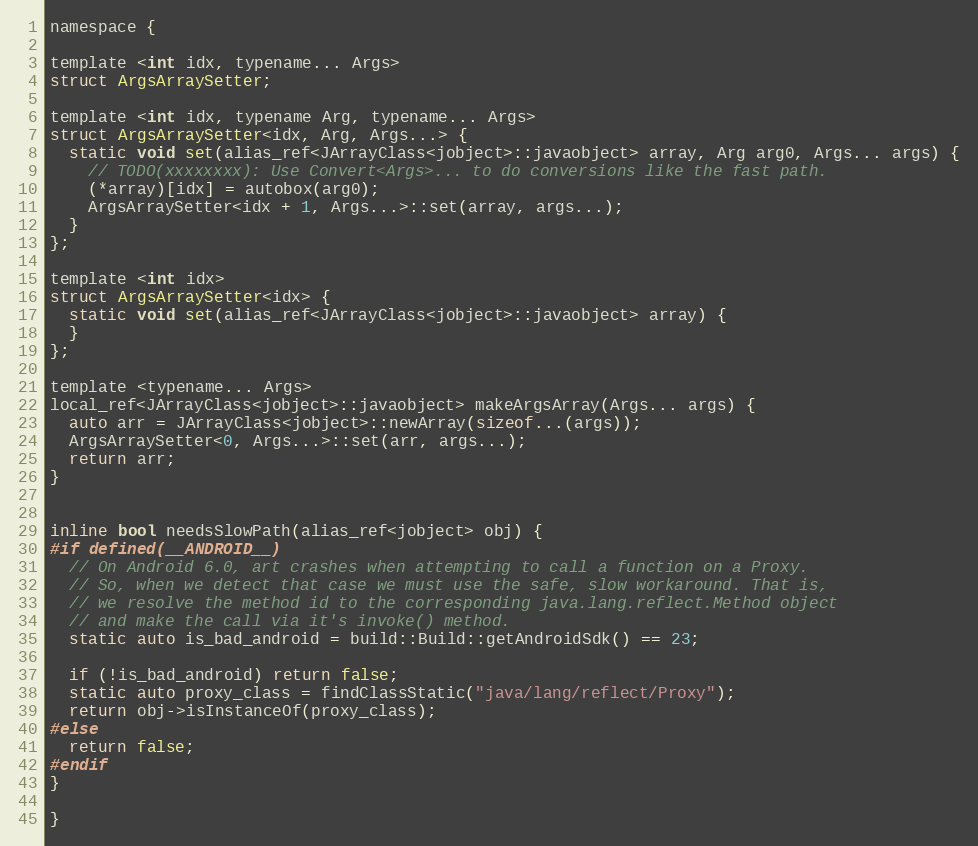
Language: C
namespace {

template <int idx, typename... Args>
struct ArgsArraySetter;

template <int idx, typename Arg, typename... Args>
struct ArgsArraySetter<idx, Arg, Args...> {
  static void set(alias_ref<JArrayClass<jobject>::javaobject> array, Arg arg0, Args... args) {
    // TODO(xxxxxxxx): Use Convert<Args>... to do conversions like the fast path.
    (*array)[idx] = autobox(arg0);
    ArgsArraySetter<idx + 1, Args...>::set(array, args...);
  }
};

template <int idx>
struct ArgsArraySetter<idx> {
  static void set(alias_ref<JArrayClass<jobject>::javaobject> array) {
  }
};

template <typename... Args>
local_ref<JArrayClass<jobject>::javaobject> makeArgsArray(Args... args) {
  auto arr = JArrayClass<jobject>::newArray(sizeof...(args));
  ArgsArraySetter<0, Args...>::set(arr, args...);
  return arr;
}

inline bool needsSlowPath(alias_ref<jobject> obj) {
#if defined(__ANDROID__)
  // On Android 6.0, art crashes when attempting to call a function on a Proxy.
  // So, when we detect that case we must use the safe, slow workaround. That is,
  // we resolve the method id to the corresponding java.lang.reflect.Method object
  // and make the call via it's invoke() method.
  static auto is_bad_android = build::Build::getAndroidSdk() == 23;

  if (!is_bad_android) return false;
  static auto proxy_class = findClassStatic("java/lang/reflect/Proxy");
  return obj->isInstanceOf(proxy_class);
#else
  return false;
#endif
}

}